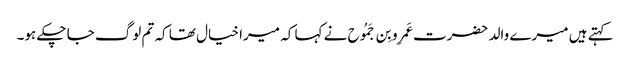
کہتے ہیں میرے والد حضرت عَمرِو بِن جَمُوح نے کہا کہ میرا خیال تھا کہ تم لوگ جا چکے ہو۔